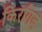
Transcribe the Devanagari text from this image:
किरगिज